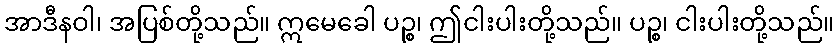
အာဒီနဝါ၊ အပြစ်တို့သည်။ ဣမေခေါ ပဉ္စ၊ ဤငါးပါးတို့သည်။ ပဉ္စ၊ ငါးပါးတို့သည်။